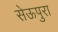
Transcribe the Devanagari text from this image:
सेऊपुरा